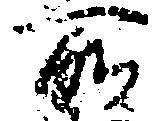
所